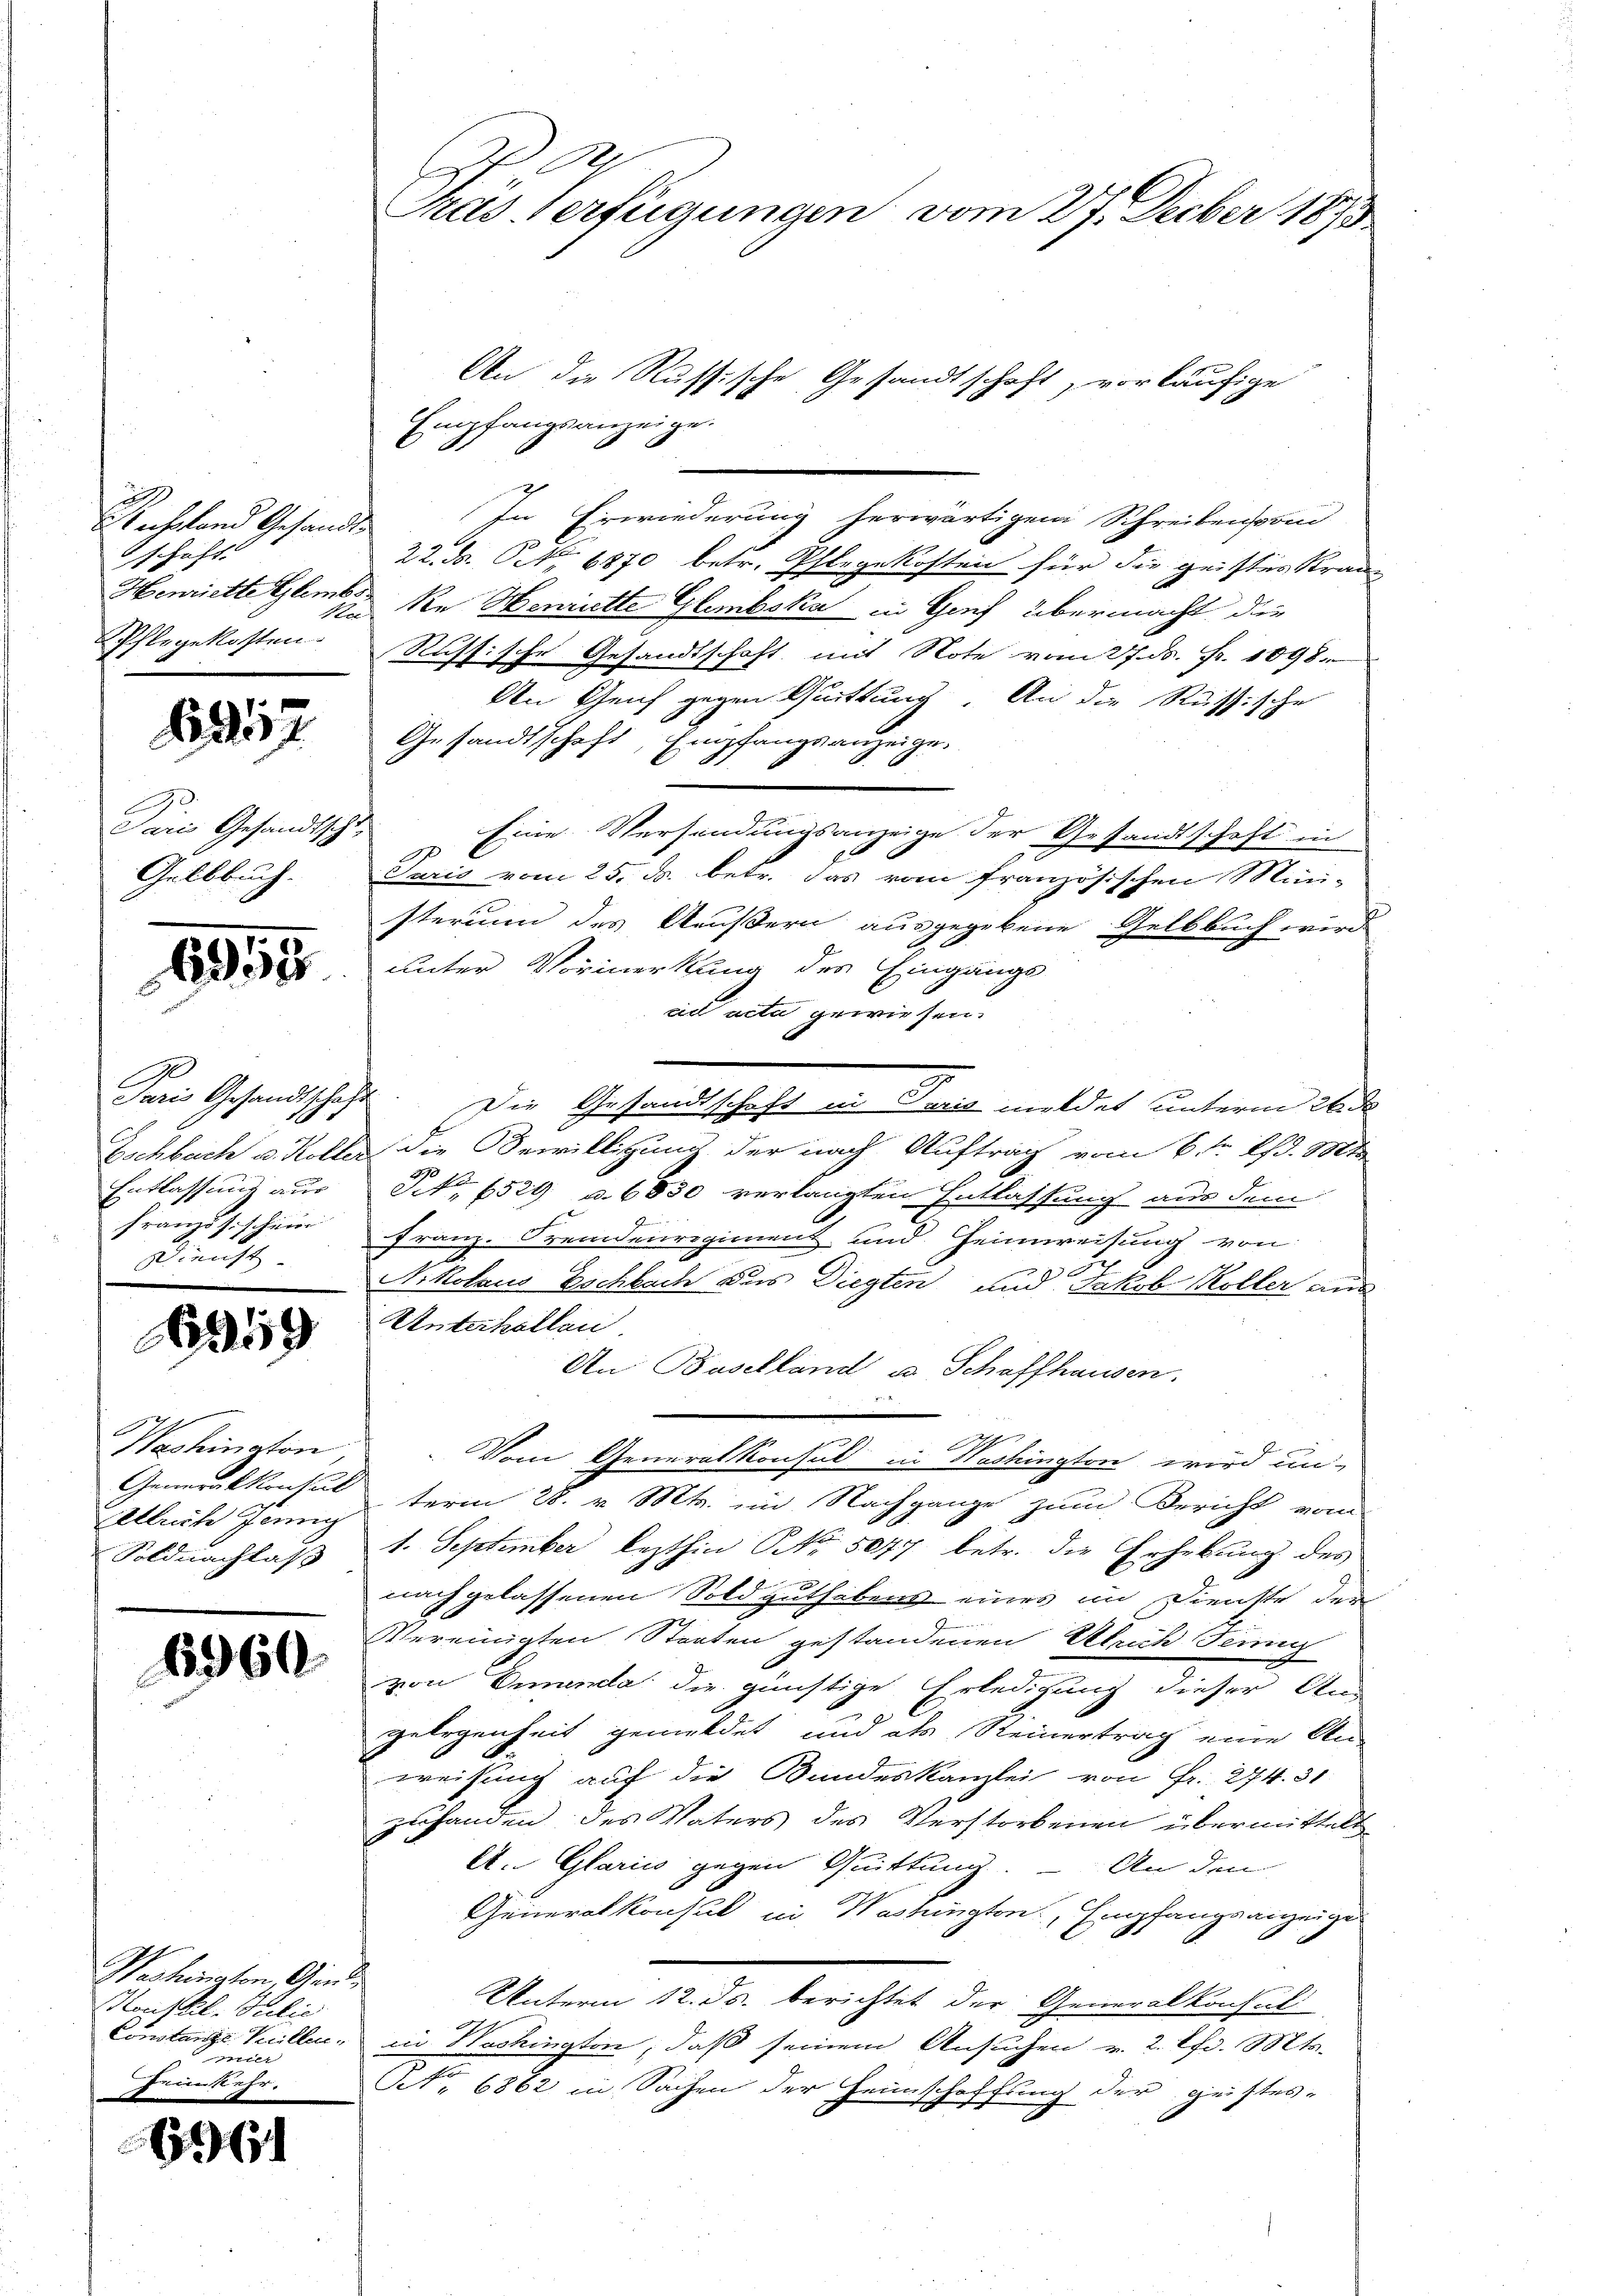
2
Nachstand Gesandt
schaft.
Henriette Glembr
Pflegekosten.

617

Paris Gesandtscht,
Gelbbuch.

1959

Paris Gesandtschaft
Entlassung aus
französischen |
Dienst

959

Washinaton,
Eltlich Jennig
Soldnachlaß

1960

Wechsten, Gend
Horstel- Talić
m
Heimkehr.

6

Gras Verfügungen vom 27. Decber 1893

An die Russische Gesandtschaft, vorläufige
Empfangsanzeige.
7
In Erwiederung herwärtigen Schreibensond
22. d. S. 6870 betr. Pflegekosten für die geistes Kran-
Na Re Henritte Glimbska in Genf übermacht die
Russische Gesandtschaft, mit Note vom 27. ds. Fr. 1098.
An Reich gegen Quittung. An die Russische
Gesandtschaft, Empfangsanzeige,
Eine Versendungsanzeige der Gesandtschaft in
1
Saris vom 25. d. betr. das vom französischen Mini-
sterium des Aeußern ausgegebene Gelbbuch wird
unter Vormerkung des Eingangs
ad acta gewiesen.
Der Gesandtschaft in Paris meldet unterm 24 de
Eschbach u. Koller die Bewilligung der nach Auftrag vom 6ten Pfd. Mt
90
Nr. 1529 u. 6850 verlangten Entlassung aus dem
Franz. Fremdenregiment und Heimweisung von
A
Nikolaus Eschbach das Diegten und Jakob Koller aus
Unterhallen.
An Baselland u. Schaffhausen.
h
.
Vom Generalkonsul in Washington wird un-
Generalkonsulterm 28. v. Mts. im Nachgange zum Bericht vom
1. September lezthin Nr. 5077 betr. die Erhebung des
nach gelassenen Sold guthabens eines in Dienste der
Vereinigten Staaten gestandenen Ulrich Jenn
von Dimenda die günstige Erledigung dieser An-
gelegenheit gemeldet und als Steinertrag eine An-
weisung auf die Bundeskanzlei von Fr. 274. 31.
zuhanden des Vaters des Verstorbenen übermittelt
A. Glarii gegen Quittung.
An den
Generalkonsul in Washingten Empfangsanzeige
t
Unterm 12. ds. berichtet der Generalkonsul
Constanze Sicillen, in Washington, daß seinem Ansuchen v. 2. Pfr. Mts.
N. 6862 in Sachen der Heimschaffung der geistes-